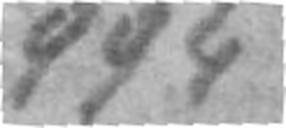
994